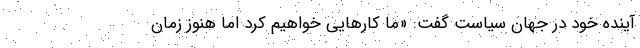
آینده خود در جهان سیاست گفت: «ما کارهایی خواهیم کرد اما هنوز زمان